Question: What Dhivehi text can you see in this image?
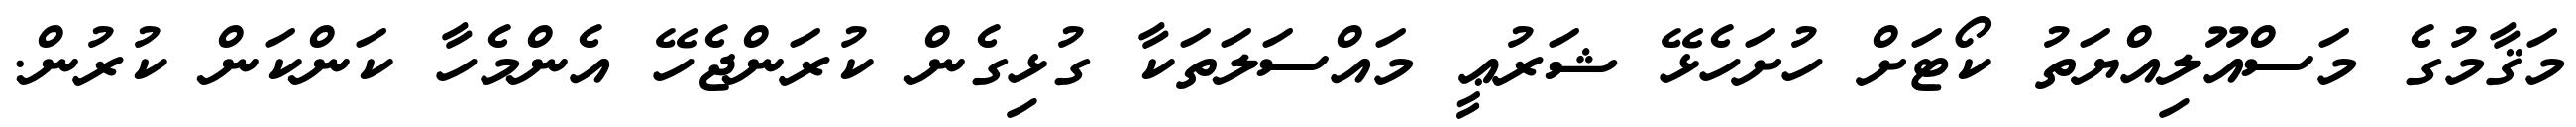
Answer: މަޤާމުގެ މަސްއޫލިއްޔަތު ކޯޓަށް ހުށަހެޅޭ ޝަރުޢީ މައްސަލަތަކާ ގުޅިގެން ކުރަންޖެހޭ އެންމެހާ ކަންކަން ކުރުން.